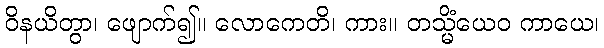
ဝိနယိတွာ၊ ဖျောက်၍။ လောကေတိ၊ ကား။ တသ္မိံယေဝ ကာယေ၊